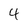
Character: 4